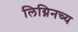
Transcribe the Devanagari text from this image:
लिग्निनच्य